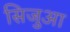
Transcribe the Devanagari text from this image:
सिजुआ